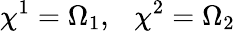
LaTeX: \chi^{1}=\Omega_{1},~~~\chi^{2}=\Omega_{2}